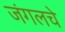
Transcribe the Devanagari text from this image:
जंगलचे